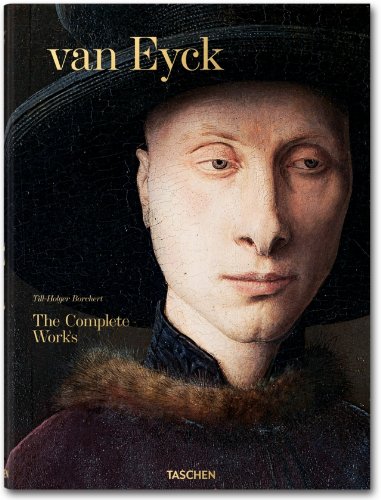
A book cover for van Eyck: The Complete Works; Till-Holger Borchert; Arts & Photography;